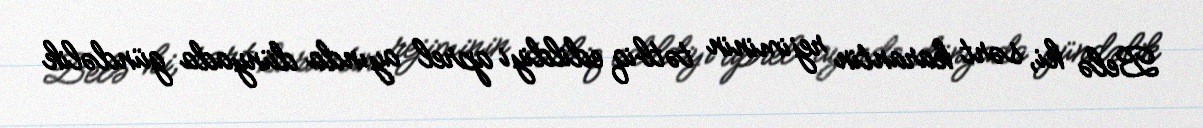
Belə ki, sərt karantin rejiminin tətbiq edildiyi aprel ayında dünyada gündəlik